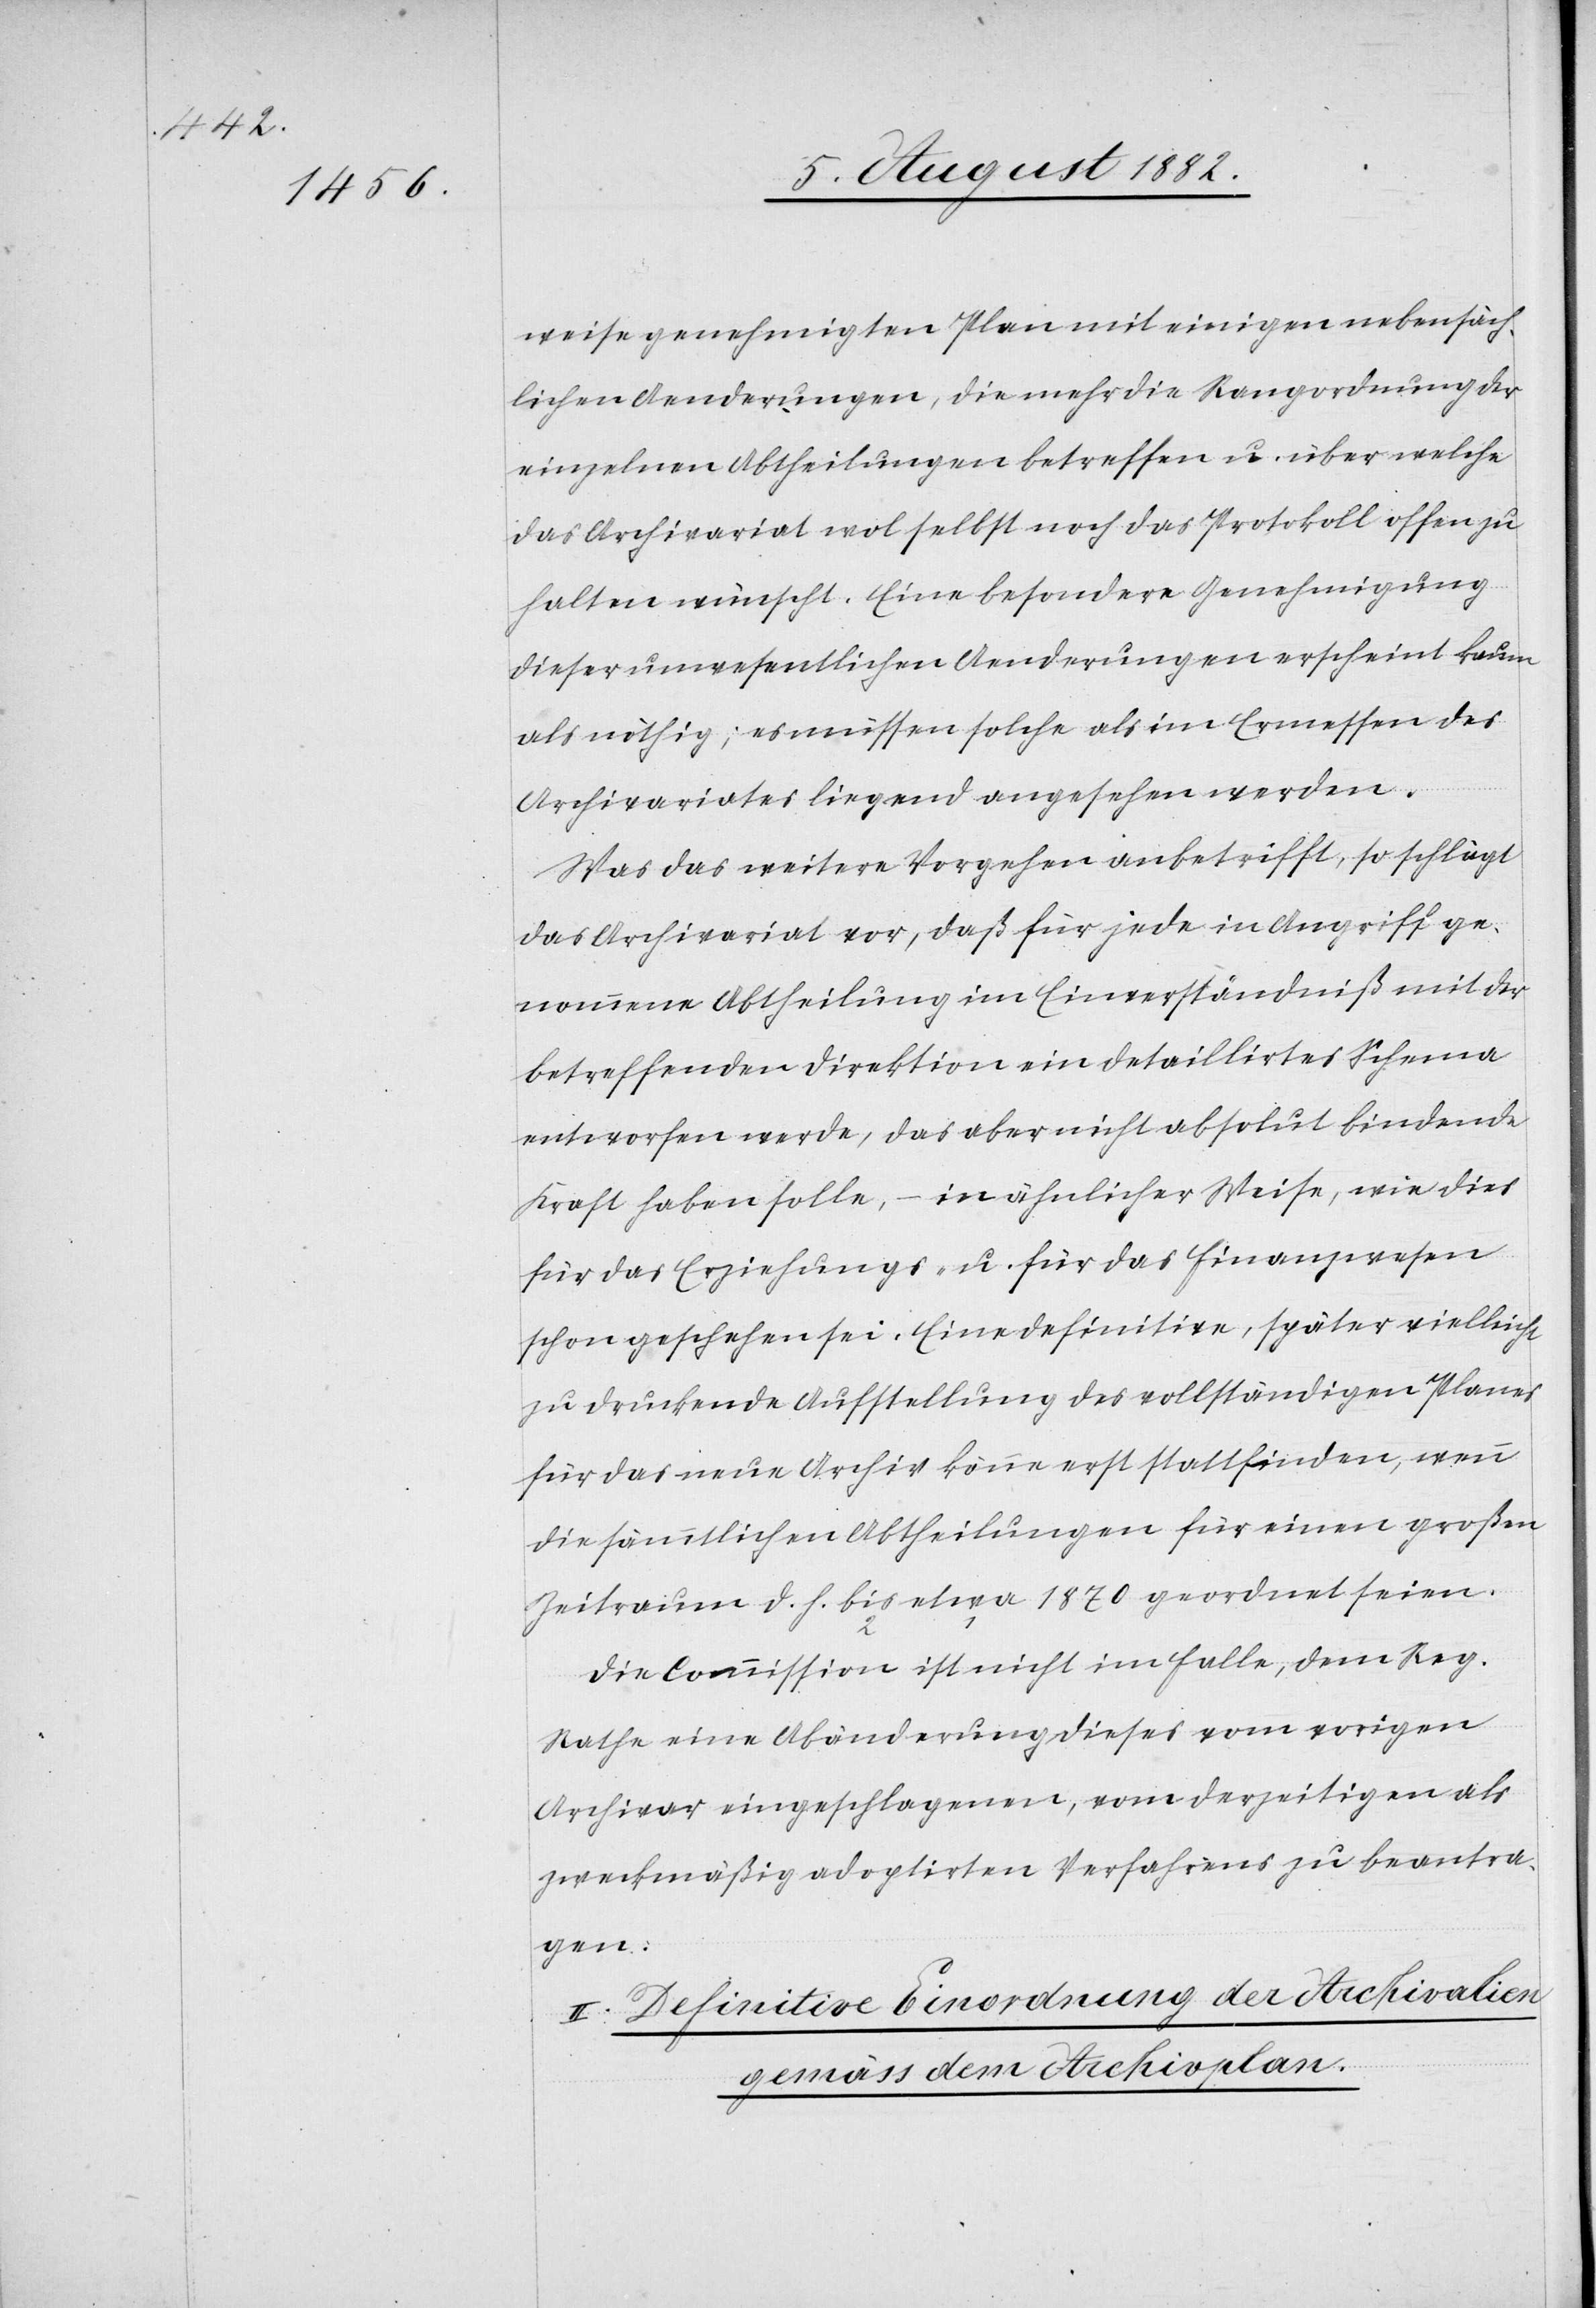
weise genehmigten Plan mit einigen nebensäch¬
lichen Aenderungen, die mehr die Rangordnung der
einzelnen Abtheilungen betreffen u. über welche
das Archivariat wol selbst noch das Protokoll offen zu
halten wünscht. Eine besondere Genehmigung
dieser unwesentlichen Aenderungen erscheint kaum
als nöthig; es müssen solche als im Ermessen des
Archivariates liegend angesehen werden.
Was das weitere Vorgehen anbetrifft, so schlägt
das Archivariat vor, daß für jede in Angriff ge¬
nommene Abtheilung im Einverständniß mit der
betreffenden Direktion ein detaillirtes Schema
entworfen werde, das aber nicht absolut bindende
Kraft haben soll, – in ähnlicher Weise, wie dies
für das Erziehungs- u. für das Finanzwesen
schon geschehen ist. Eine definitive, später vielleicht
zu druckende Aufstellung des vollständigen Planes
für das neue Archiv könne erst stattfinden, wenn
die sämmtlichen Abtheilungen für einen großen
Zeitraum d. h. etwa bis 1879 geordnet seien.
Die Commission ist nicht im Falle, dem Reg.
Rathe eine Abänderung dieses vom vorigen
Archivar eingeschlagenen, vom derzeitigen als
zweckmäßig adoptirten Verfahrens zu beantra¬
gen.
II. Definitive Einordnung der Archivalien
gemäss dem Archivplan.